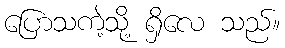
ပြောသကဲ့သို့ ရှိလေ သည်။